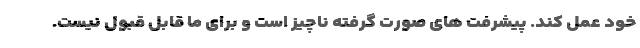
خود عمل کند. پیشرفت های صورت گرفته ناچیز است و برای ما قابل قبول نیست.